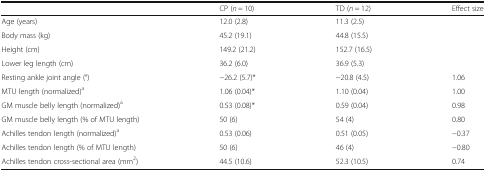
<table><thead><tr><td></td><td><b>CP (<i>n</i> = 10)</b></td><td><b>TD (<i>n</i> = 12)</b></td><td><b>Effect size</b></td></tr></thead><tbody><tr><td>Age (years)</td><td>12.0 (2.8)</td><td>11.3 (2.5)</td><td></td></tr><tr><td>Body mass (kg)</td><td>45.2 (19.1)</td><td>44.8 (15.5)</td><td></td></tr><tr><td>Height (cm)</td><td>149.2 (21.2)</td><td>152.7 (16.5)</td><td></td></tr><tr><td>Lower leg length (cm)</td><td>36.2 (6.0)</td><td>36.9 (5.3)</td><td></td></tr><tr><td>Resting ankle joint angle (°)</td><td>−26.2 (5.7)*</td><td>−20.8 (4.5)</td><td>1.06</td></tr><tr><td>MTU length (normalized)<sup>a</sup></td><td>1.06 (0.04)*</td><td>1.10 (0.04)</td><td>1.00</td></tr><tr><td>GM muscle belly length (normalized)<sup>a</sup></td><td>0.53 (0.08)*</td><td>0.59 (0.04)</td><td>0.98</td></tr><tr><td>GM muscle belly length (% of MTU length)</td><td>50 (6)</td><td>54 (4)</td><td>0.80</td></tr><tr><td>Achilles tendon length (normalized)<sup>a</sup></td><td>0.53 (0.06)</td><td>0.51 (0.05)</td><td>−0.37</td></tr><tr><td>Achilles tendon length (% of MTU length)</td><td>50 (6)</td><td>46 (4)</td><td>−0.80</td></tr><tr><td>Achilles tendon cross-sectional area (mm<sup>2</sup>)</td><td>44.5 (10.6)</td><td>52.3 (10.5)</td><td>0.74</td></tr></tbody></table>